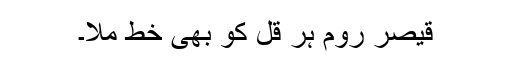
قیصر روم ہر قل کو بھی خط ملا۔